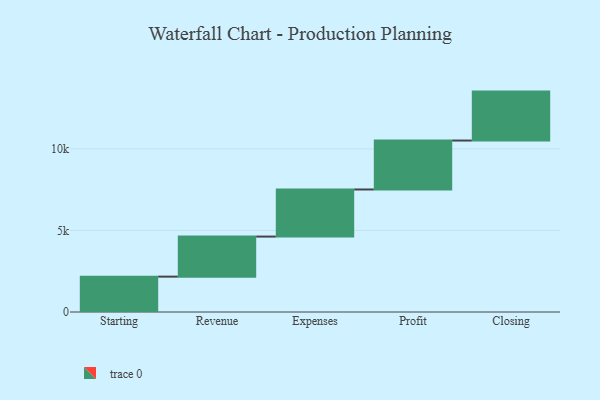
{"axis": {"x": "Step", "y": "Value"}, "legend": [""], "data": [{"x": "Starting", "y": 2168.0, "type": ""}, {"x": "Revenue", "y": 2455.0, "type": ""}, {"x": "Expenses", "y": 2887.0, "type": ""}, {"x": "Profit", "y": 3000, "type": ""}, {"x": "Closing", "y": 3000, "type": ""}]}